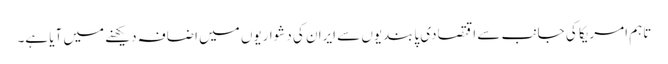
تاہم امریکا کی جانب سے اقتصادی پابندیوں سے ایران کی دشواریوں میں اضافہ دیکھنے میں آیا ہے۔